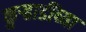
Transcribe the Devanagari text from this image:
कुऱ्हाडींच्या